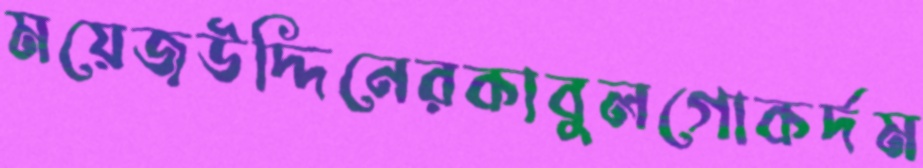
ময়েজউদ্দিনেরকাবুলগোকর্দম